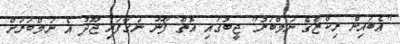
"އެބައިން ރިކްޒާގެ ނަމްބަރު" ޖީބުގައި އޮތް ފޯނޫ ނަގާފައި ޖޫދު އެ ނަމްބަރަށް